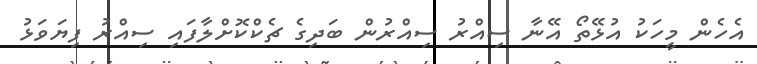
އެހެން މީހަކު އުޅޭތޯ އޭނާ ސިއްރު ސިއްރުން ބަދިގެ ޗެކްކޮށްލާފައި ސިއްރު ފިޔަވަޅު